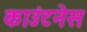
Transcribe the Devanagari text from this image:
काउंटनेस